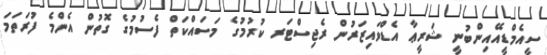
ސީއެމްޑީއޭއިންބުނީ ޝަރީޢާ އެޑްވައިޒަރުން ރެޖިސްޓަރ ކުރުމުގެ މަސައްކަތް ފެސުމުގެ ގޮތުން އެންމެ ފުރަތަމަ